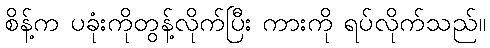
စိန့်က ပခုံးကိုတွန့်လိုက်ပြီး ကားကို ရပ်လိုက်သည်။